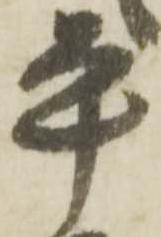
平